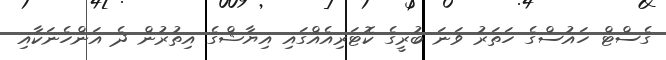
ގެސްޓް ހައުސްގެ ހަތަރު ވަނަ ބުރީގެ ކޮޓަރިއެއްގައި އިޔާޝްގެ އިތުރުން ދެ އަންހެނަކާއި